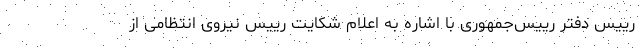
رییس دفتر رییس‌جمهوری با اشاره به اعلام شکایت رییس نیروی انتظامی از